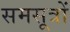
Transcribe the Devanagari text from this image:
समसूत्रों